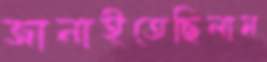
জানাইতেছিলাম